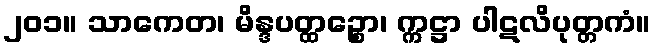
၂၀၁။ သာကေတ၊ မိန္ဒပတ္ထဉ္စော၊ က္ကဋ္ဌာ ပါဋလိပုတ္တကံ။